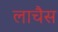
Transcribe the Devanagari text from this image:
लाचैस